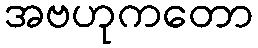
အဗဟုကတော